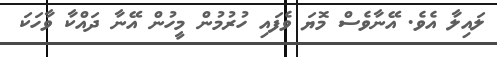
ލައިލާ އެވެ. އޭނާވެސް މޮޔަ ވެފައި ހުރުމުން މީހުން އޭނާ ދައްކާ ވާހަކަ